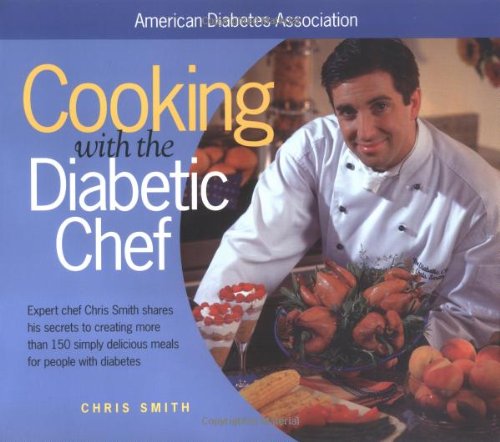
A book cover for Cooking with the Diabetic Chef: Expert Chef Chris Smith Shares His Secrets to Creating More Than 150 Simply Delicious Meals for Peop; Chris Smith; Health, Fitness & Dieting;